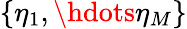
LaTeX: \{ \eta_{1},\hdots\eta_{M}\}